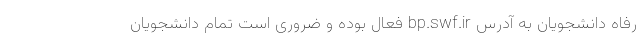
رفاه دانشجویان به آدرس bp.swf.ir فعال بوده و ضروری است تمام دانشجویان